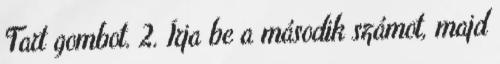
Tart gombot. 2. Írja be a második számot, majd